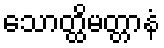
သောတ္ထိမတ္တာနံ